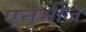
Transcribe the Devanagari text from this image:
एनेमीज